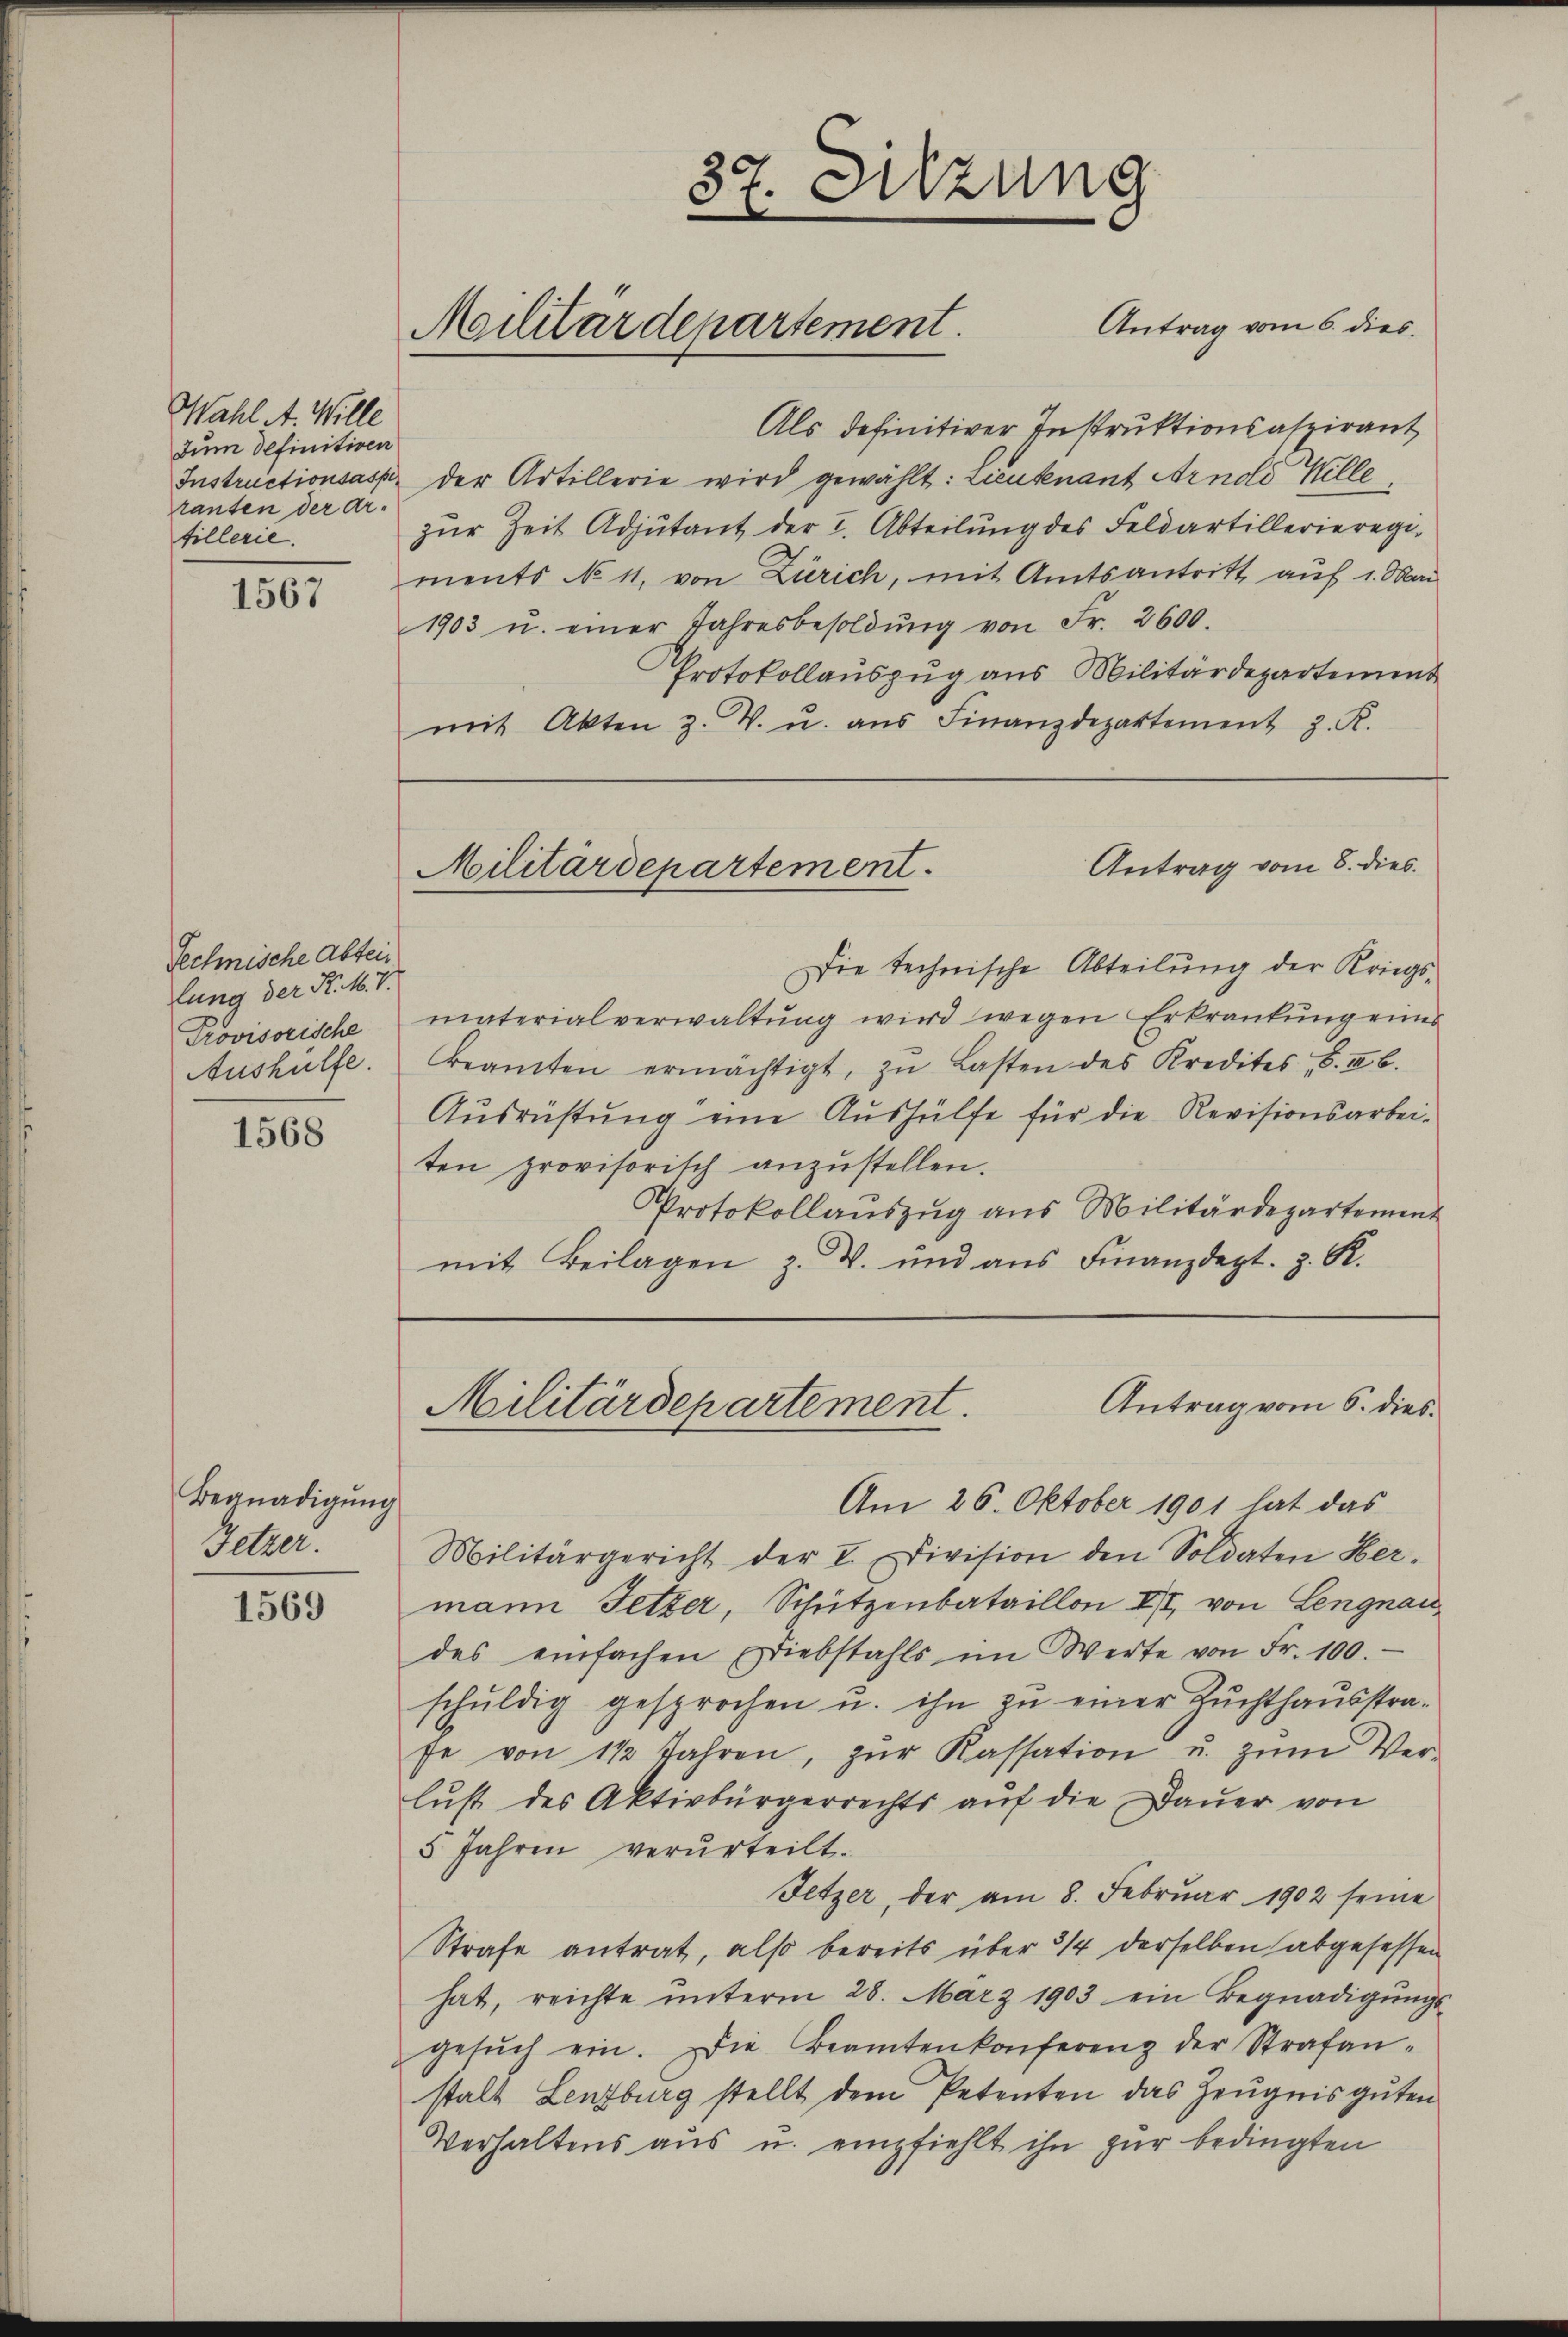
Wahl A. Wille
Zum definitiven
ranten der Arfillerie.

1567

Technische Abteilung der Nr. 407.
Provisorische
Aushülfe.

1568

Begnadigung
setzer.

1569

Als definitiver Instruktionsaspirant
Instructionsasp. der Artillerie wird gewählt: Lieutenant Arnold Wille
zŭr Zeit Adjutant der I. Abteilung des Feldartillerieregiments No 11. von Zürich, mit Amtsantritt auf 1. Mai
1903 u. einer Jahresbesoldŭng von Fr. 2600.
Protokollauszug aus Militärdepartement
mit Akten Z. V. u. aŭs Finanzdepartement z. K.

37. Sitzung
e
Antrag vom 6. dies.
Militärdepartement.

Antrag vom 8. dies
Militärdepartement.

Antrag vom 6. dies
Militärdepartement.

Die technische Abteilung der Kriegsmaterialverwaltung wird wegen Erkrankung eines
beamten ermächtigt, zu Lasten des Kredites, S. I b.
Ausrüstung eine Aushülfe für die Revisionsarbeiten provisorisch anzŭstellen.
Protokollauszug aus Militärdepartement
mit Beilagen z. W. und aŭs Finanzdept. z. R.

Am 26. Oktober 1901 hat das
Militärgericht der I. Division den Soldaten Her-
mann Fetzer, Schützenbataillon II von Lengnau
des einfachen Diebstahls im Werte von Fr. 100.
schŭldig gesprochen u. ihn zŭ einer Zuchthausstrafe von 1 1/2 Jahren, zŭr Kassation u. zŭm Ver-
lust des Aktivbürgerrechts aŭf die Dauer von
5 Jahren verurteilt.
Fetzer, der am 8. Febrŭar 1902 seine
Strafe antrat, also bereits über 314 derselben abgesessen
hat, reichte ŭnterm 28. März 1903 ein Begnadigŭngs-
gesŭch ein. Die Beamtenkonferenz der Strafan-
stalt Lenzburg stellt dem Petenten das Zeugnis guten
Verhaltens aus u. empfiehlt ihn zur bedingten